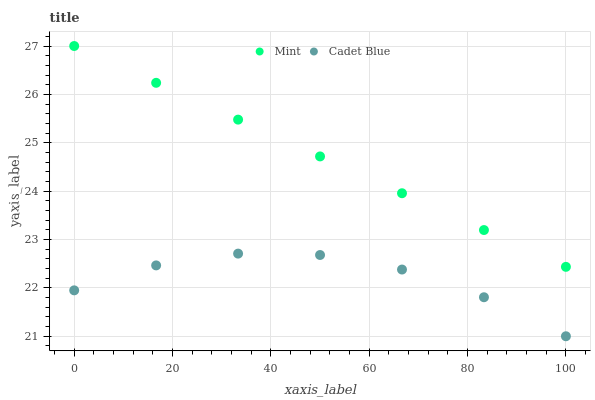
| xaxis_label | Mint | Cadet Blue |
 | --- | --- | --- |
 | 0 | 27 | 21.9 |
 | 16.7 | 26.2 | 22.5 |
 | 33.3 | 25.5 | 22.7 |
 | 50 | 24.7 | 22.7 |
 | 66.7 | 24 | 22.4 |
 | 83.3 | 23.2 | 21.8 |
 | 100 | 22.4 | 21 |